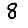
Digit: 8